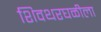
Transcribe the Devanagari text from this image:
शिवथरघळीला